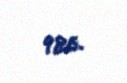
986.